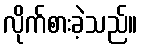
လိုက်စားခဲ့သည်။